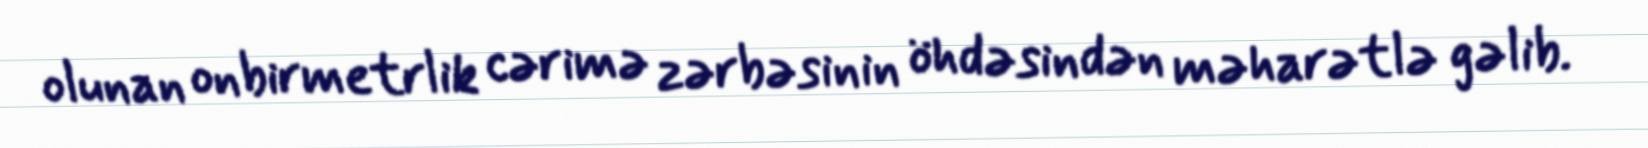
olunan onbirmetrlik cərimə zərbəsinin öhdəsindən məharətlə gəlib.